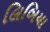
લિબિયા